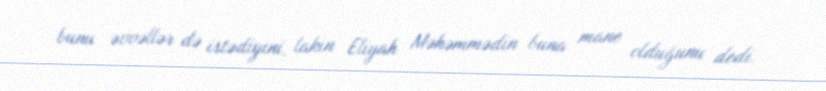
bunu əvvəllər də istədiyini, lakin Eliyah Məhəmmədin buna mane olduğunu dedi.